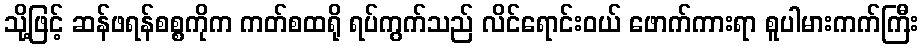
သို့ဖြင့် ဆန်ဖရန်စစ္စကိုက ကတ်စထရို ရပ်ကွက်သည် လိင်ရောင်းဝယ် ဖောက်ကားရာ စူပါမားကက်ကြီး